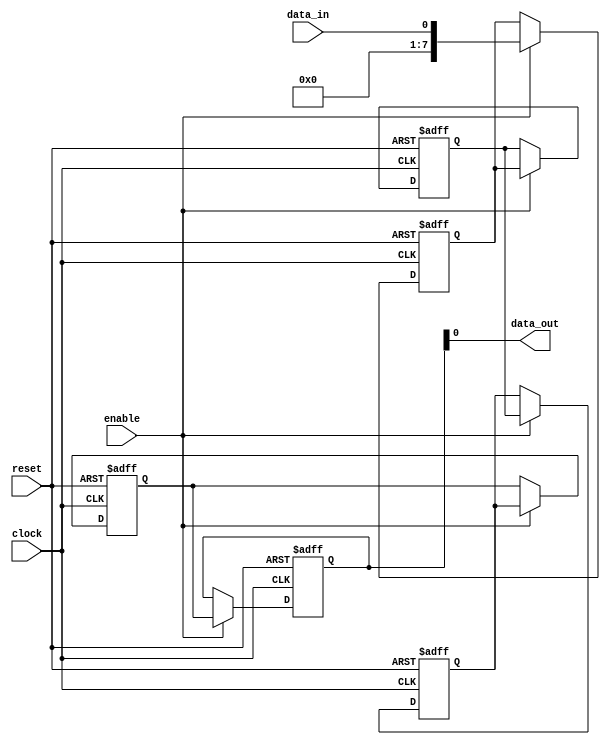
module Cascade_Bypass_Register (
    input wire clock,
    input wire reset,
    input wire enable,
    input wire data_in,
    output reg data_out
);

reg [7:0] reg1, reg2, reg3, reg4, reg5;

always @ (posedge clock or posedge reset) begin
    if (reset) begin
        reg1 <= 8'b0;
        reg2 <= 8'b0;
        reg3 <= 8'b0;
        reg4 <= 8'b0;
        reg5 <= 8'b0;
    end else if (enable) begin
        reg1 <= data_in;
        reg2 <= reg1;
        reg3 <= reg2;
        reg4 <= reg3;
        reg5 <= reg4;
    end
end

assign data_out = reg5;

endmodule